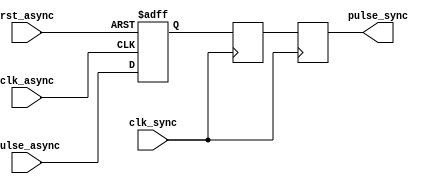
module PulseSynchronizer (
    input wire clk_async,   // Asynchronous clock signal
    input wire rst_async,   // Asynchronous reset signal
    input wire pulse_async, // Asynchronous pulse signal
    
    input wire clk_sync,    // Target clock signal
    
    output reg pulse_sync   // Synchronized pulse signal
);

reg pulse_ff1; // First flip-flop
reg pulse_ff2; // Second flip-flop

always@(posedge clk_async or posedge rst_async) begin
    if (rst_async) begin
        pulse_ff1 <= 1'b0;
    end else begin
        pulse_ff1 <= pulse_async;
    end
end

always@(posedge clk_sync) begin
    pulse_ff2 <= pulse_ff1;
    pulse_sync <= pulse_ff2;
end

endmodule